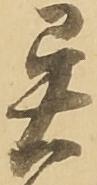
異